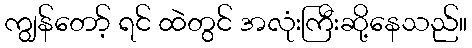
ကျွန်တော့် ရင် ထဲတွင် အလုံးကြီးဆို့နေသည်။